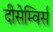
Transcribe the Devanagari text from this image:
दीसेम्विर्स